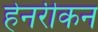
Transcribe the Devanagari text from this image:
हेनरीकन